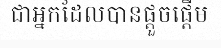
ជាអ្នកដែលបានផ្តួចផ្តើម